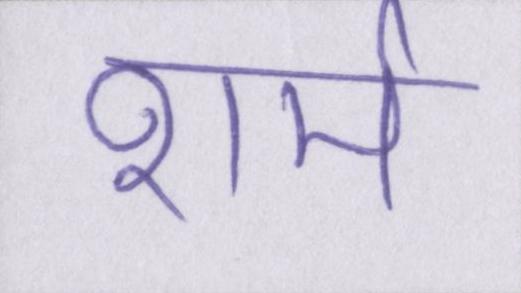
शर्म